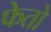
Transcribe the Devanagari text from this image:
फेतो